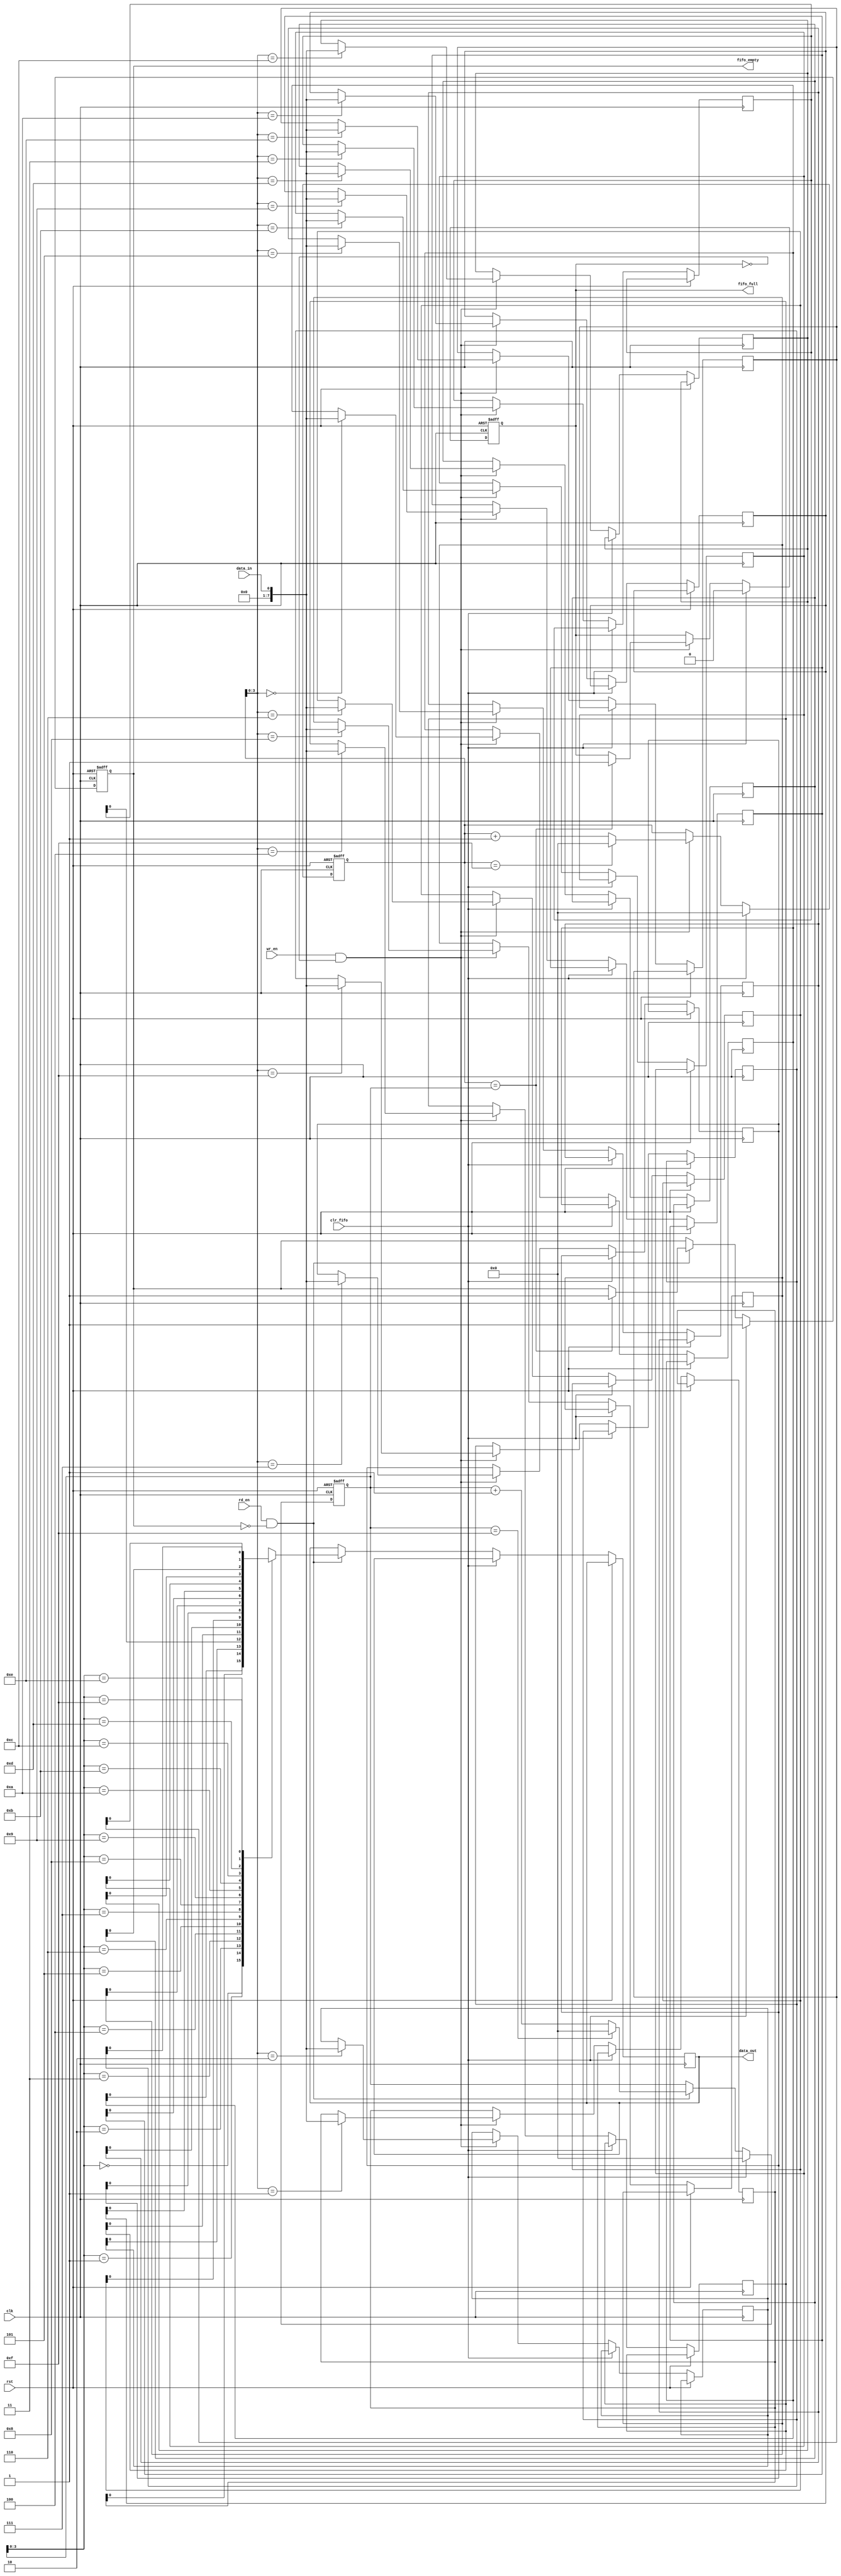
module gray_fifo (
    input wire clk,
    input wire rst,
    input wire clr_fifo,
    input wire wr_en,
    input wire rd_en,
    input wire data_in,
    output reg data_out,
    output reg fifo_full,
    output reg fifo_empty
);

parameter WIDTH = 8;
parameter DEPTH = 16;

reg [WIDTH-1:0] fifo [0:DEPTH-1];
reg [WIDTH-1:0] read_ptr;
reg [WIDTH-1:0] write_ptr;

always @ (posedge clk or posedge rst) begin
    if (rst) begin
        read_ptr <= 0;
        write_ptr <= 0;
        fifo_full <= 0;
        fifo_empty <= 1;
    end else begin
        if (clr_fifo) begin
            read_ptr <= 0;
            write_ptr <= 0;
            fifo_full <= 0;
            fifo_empty <= 1;
        end else begin
            if (wr_en && !fifo_full) begin
                fifo[write_ptr] <= data_in;
                write_ptr <= write_ptr + 1;
                if (write_ptr == DEPTH-1) begin
                    write_ptr <= 0;
                end
                
                if (write_ptr == read_ptr) begin
                    fifo_full <= 1;
                end
            end
            
            if (rd_en && !fifo_empty) begin
                data_out <= fifo[read_ptr];
                read_ptr <= read_ptr + 1;
                if (read_ptr == DEPTH-1) begin
                    read_ptr <= 0;
                end
                
                if (write_ptr == read_ptr) begin
                    fifo_empty <= 1;
                end
            end
        end
    end
end

endmodule